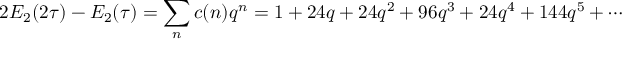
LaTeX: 2 E _ { 2 } ( 2 \tau ) - E _ { 2 } ( \tau ) = \sum _ { n } c ( n ) q ^ { n } = 1 + 2 4 q + 2 4 q ^ { 2 } + 9 6 q ^ { 3 } + 2 4 q ^ { 4 } + 1 4 4 q ^ { 5 } + \cdots